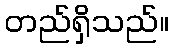
တည်ရှိသည်။